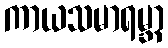
ကာယသမာရမ္ဘာ